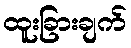
ထူးခြားချက်